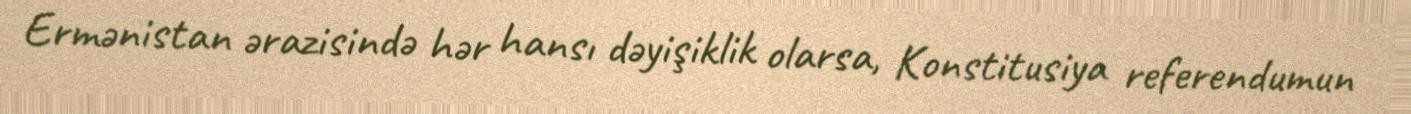
Ermənistan ərazisində hər hansı dəyişiklik olarsa, Konstitusiya referendumun